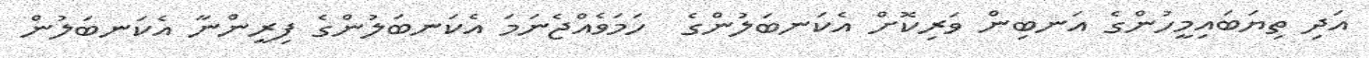
އަދި ތިޔަބައިމީހުންގެ އަނބިން ވަރިކޮށް އެކަނބަލުންގެ  ހަމަވެއްޖެނަމަ އެކަނބަލުންގެ ފިރީންނާ އެކަނބަލުން